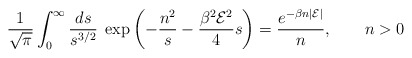
\begin{align*}{1\over \sqrt{\pi}}\int_0^\infty{ds\over s^{3/2}}\; \exp\left(-{n^2\over s}-{\beta^2{\cal E}^2\over 4}s\right)={e^{-\beta n |{\cal E}|}\over n}, \qquad n>0\end{align*}